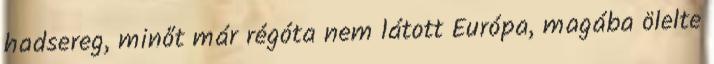
hadsereg, minőt már régóta nem látott Európa, magába ölelte